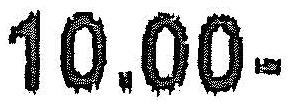
10.00-